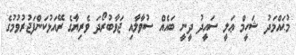
މުޙައްމަދު ޝަހީމް ޢަލީ ސައީދު ދީނީ ބައެއް ސުވާލާއި ޖަވާބުރޯދަ ވެރިޔާގެ ރޭއަޅުކަންފަޖުރުވުމުގެ